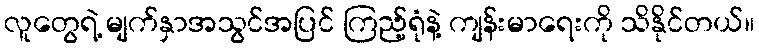
လူတွေရဲ့ မျက်နှာအသွင်အပြင် ကြည့်ရုံနဲ့ ကျန်းမာရေးကို သိနိုင်တယ်။